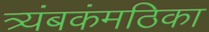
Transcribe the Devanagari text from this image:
त्र्यंबकंमठिका